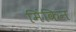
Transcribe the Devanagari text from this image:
मिंकिन